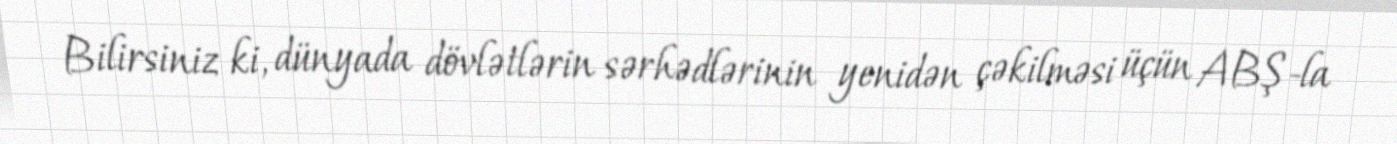
Bilirsiniz ki, dünyada dövlətlərin sərhədlərinin yenidən çəkilməsi üçün ABŞ-la